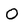
Character: 0